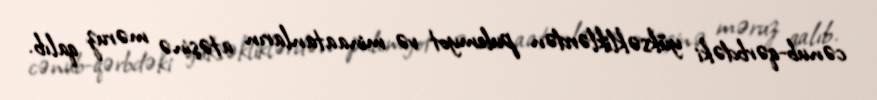
cənub-qərbdəki yüksəkliklərdən pulemyot və minaatanların atəşinə məruz qalıb.